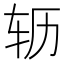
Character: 𫐆